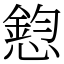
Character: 憌